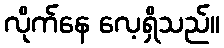
လိုက်နေ လေ့ရှိသည်။